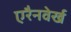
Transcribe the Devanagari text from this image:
एरैनवेर्ख